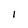
Character: l